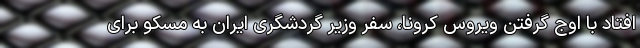
افتاد با اوج گرفتن ویروس کرونا، سفر وزیر گردشگری ایران به مسکو برای